65_HS1-834228961_62-HQ-83894_Section_7
Agency: FBI
Page 64
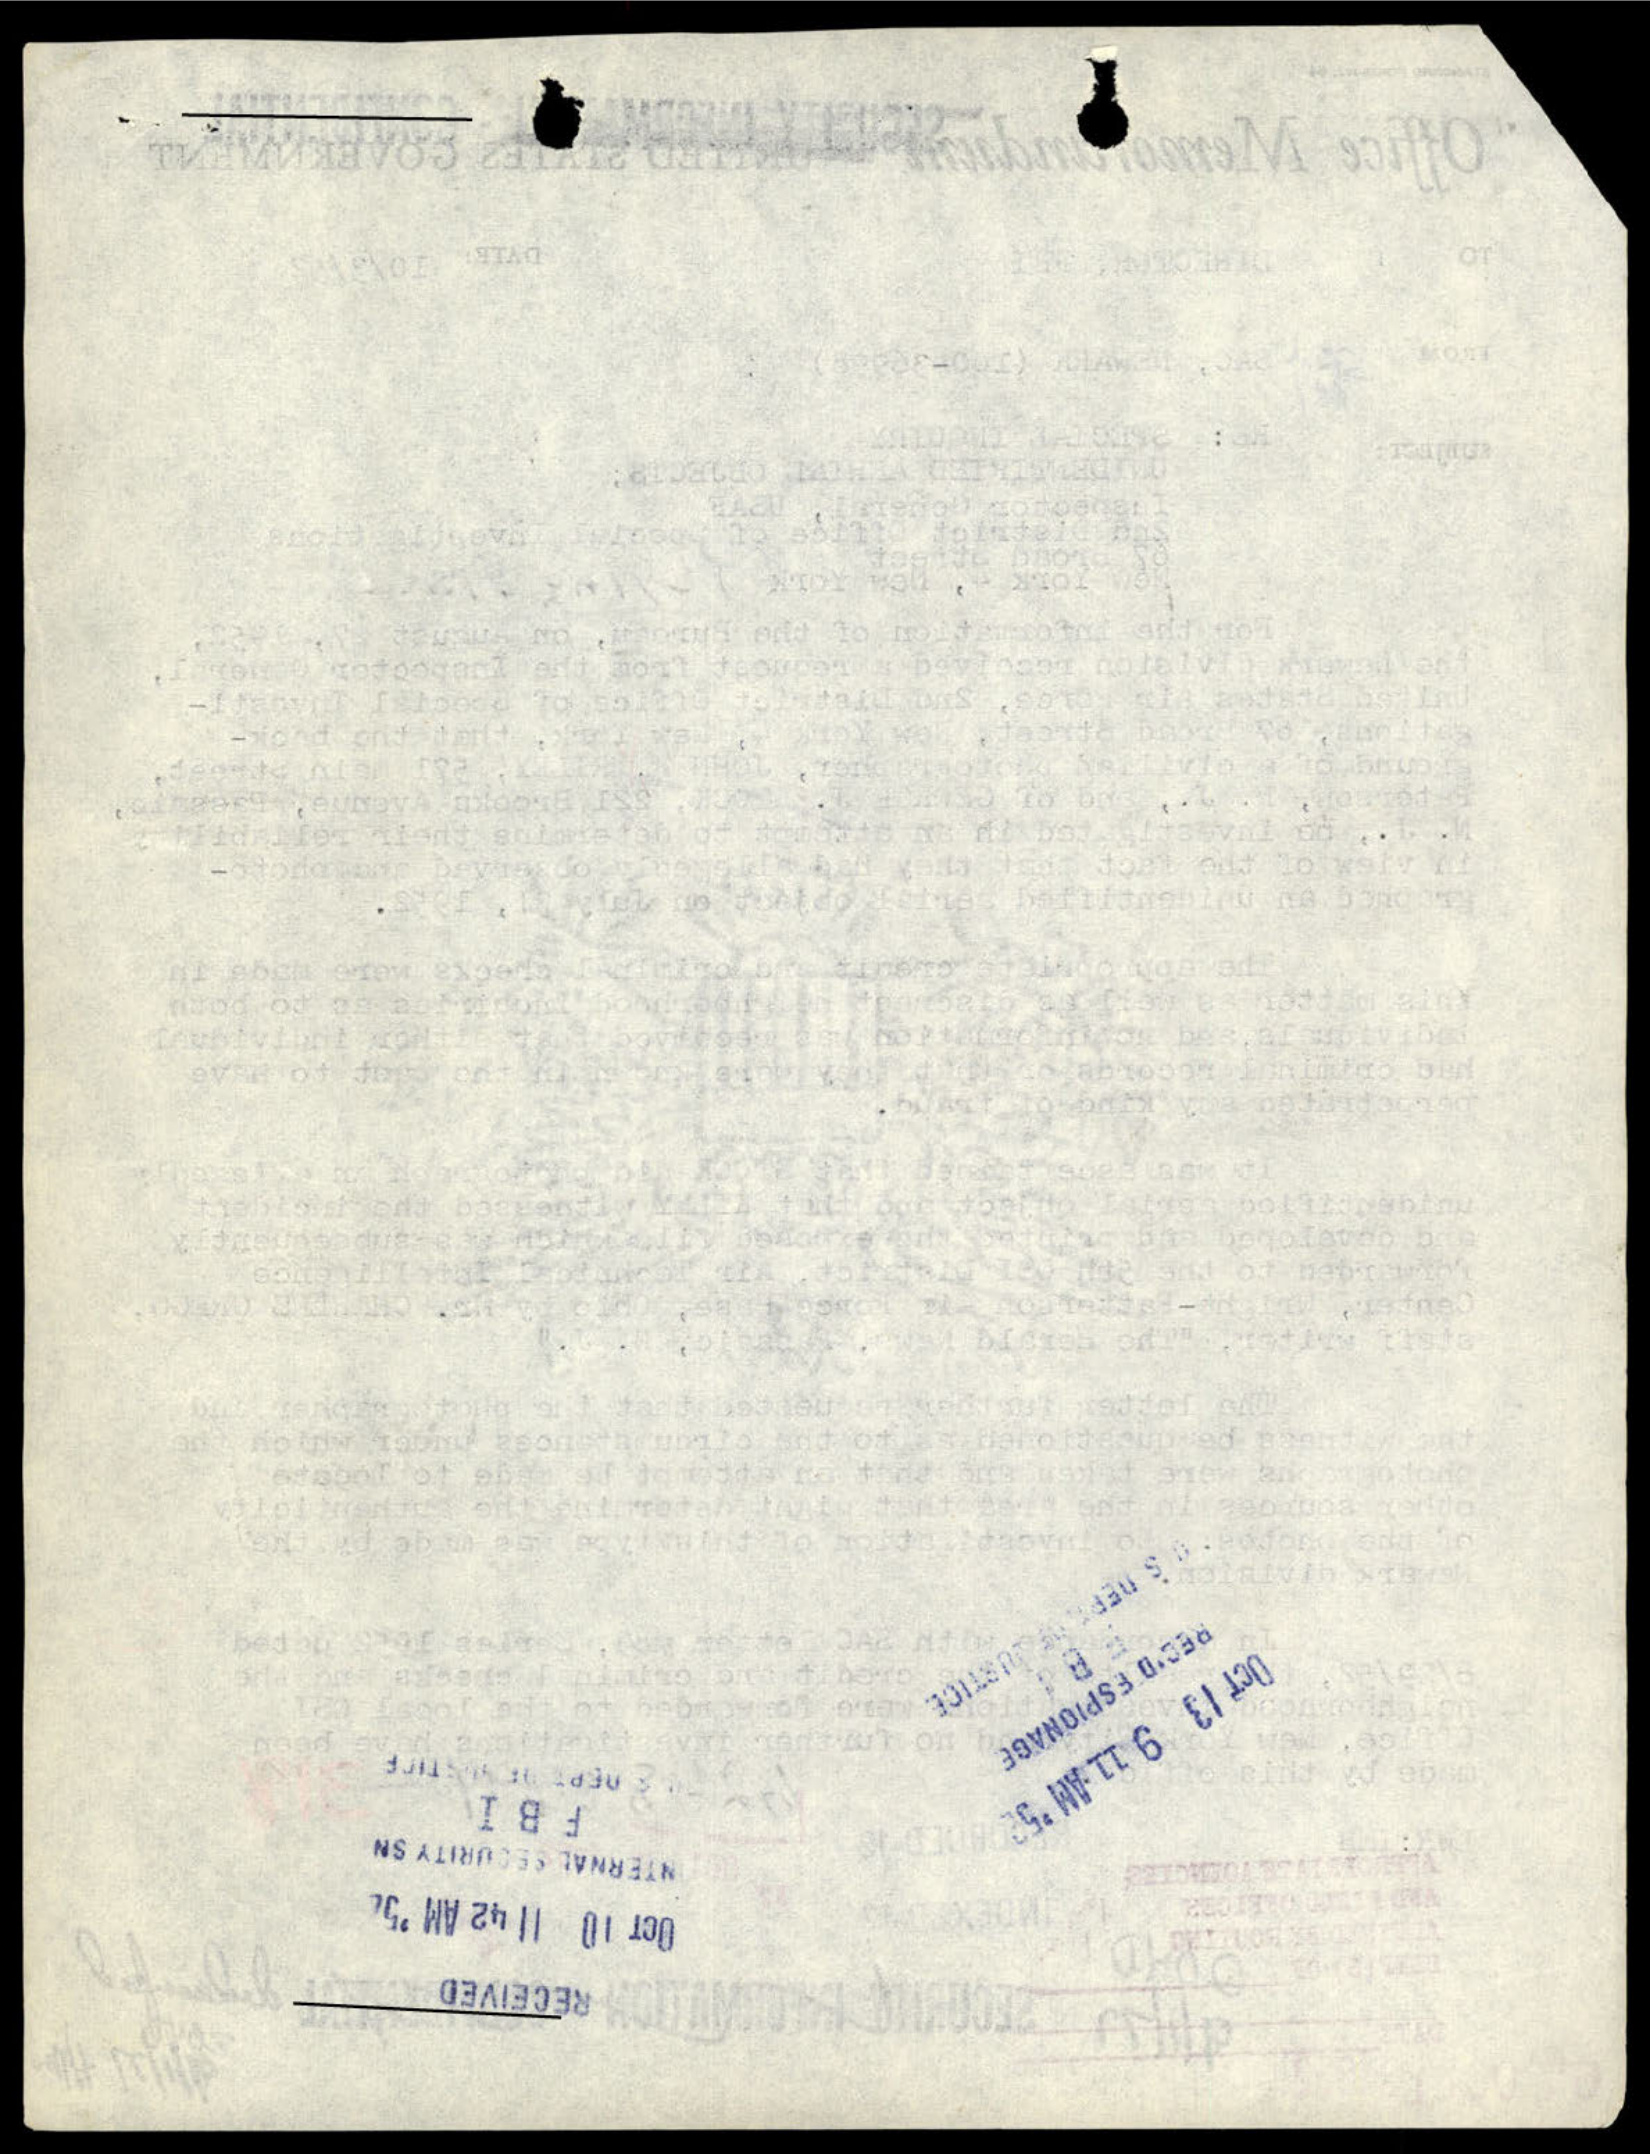